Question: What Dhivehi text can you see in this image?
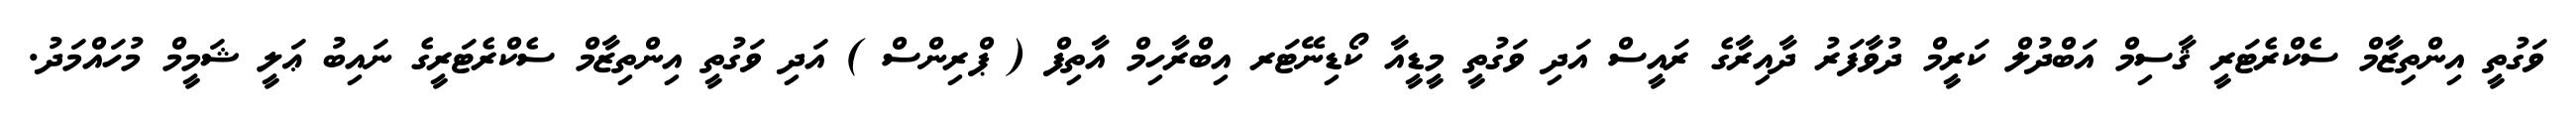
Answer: ވަގުތީ އިންތިޒާމް ސެކްރެޓަރީ ޤާސިމް އަބްދުލް ކަރީމް ދުވާފަރު ދާއިރާގެ ރައީސް އަދި ވަގުތީ މީޑީއާ ކޯޑިނޭޓަރ އިބްރާހިމް އާތިފް ( ޕްރިންސް ) އަދި ވަގުތީ އިންތިޒާމް ސެކްރެޓަރީގެ ނައިބު ޢަލީ ޝަމީމް މުހައްމަދު.